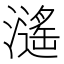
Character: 𤁠